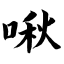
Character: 啾